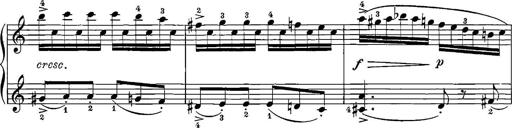
Title: 12 Sonatinas
Composer: Ignaz Pleyel